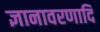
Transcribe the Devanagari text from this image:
ज्ञानावरणादि